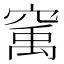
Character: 𱷇